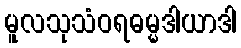
မူလသုသံဝရဓမ္မဒါယာဒါ